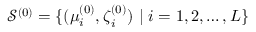
{ \mathcal S } ^ { ( 0 ) } = \{ ( \boldsymbol { \mu } _ { i } ^ { ( 0 ) } , \boldsymbol { \zeta } _ { i } ^ { ( 0 ) } ) ~ | ~ i = 1 , 2 , \ldots , L \}